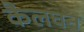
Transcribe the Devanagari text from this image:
कैलघन